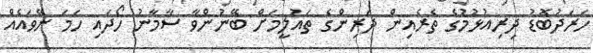
ހަރަދުބޮޑު ދިރިއުޅުމުގެ ތެރެއިން ދަރިންގެ ތައުލީމަށް ބޭނުންވާ ސާމާނު ހޯދައި ހަމަ ނޭވައެއް